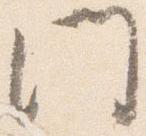
門